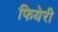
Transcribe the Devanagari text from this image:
फियेरी